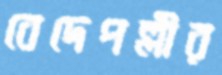
বেদেপল্লীর